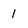
Character: 1